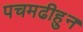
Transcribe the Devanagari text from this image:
पचमढीहुन